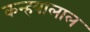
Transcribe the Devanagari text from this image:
कन्हयालाल